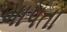
માપતા